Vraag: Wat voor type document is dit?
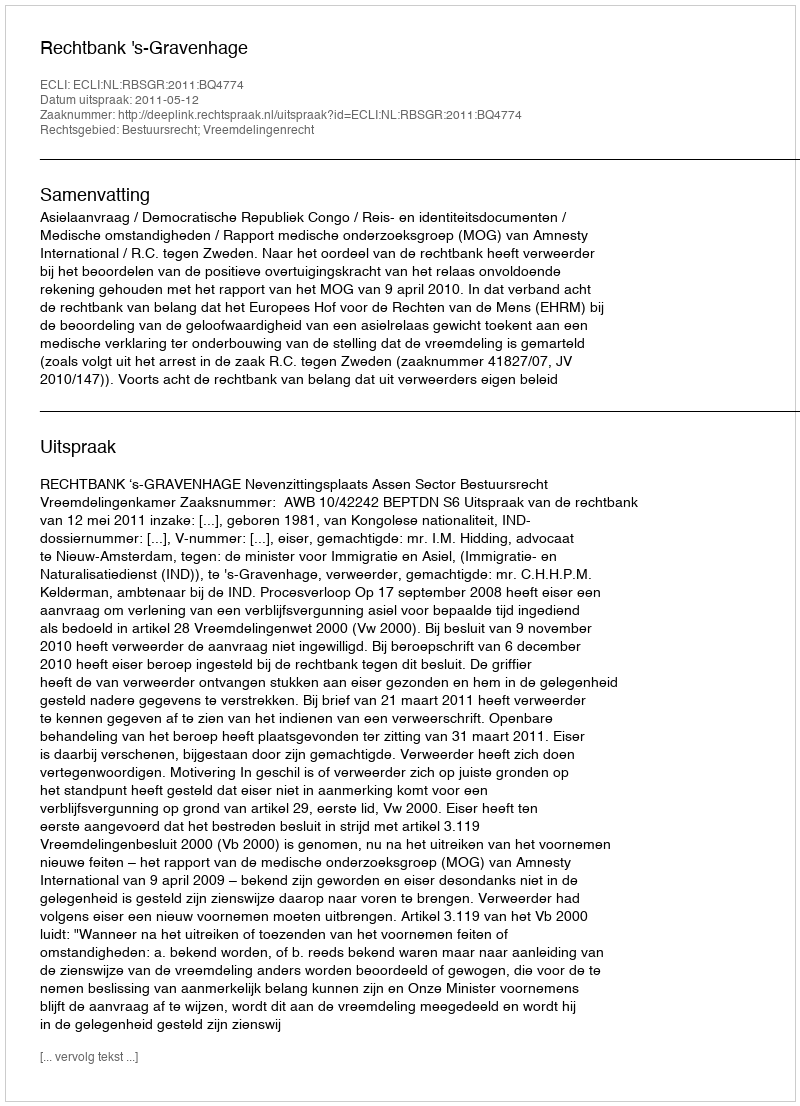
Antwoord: Uitspraak